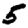
Digit: 5